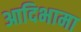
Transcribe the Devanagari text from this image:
आदिभामा